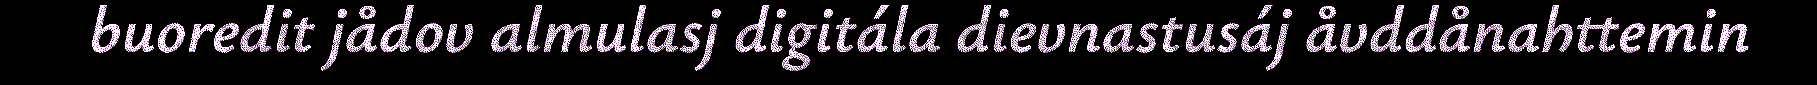
buoredit jådov almulasj digitála dievnastusáj åvddånahttemin